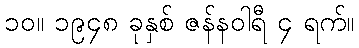
၁၀။ ၁၉၄၈ ခုနှစ် ဇန်နဝါရီ ၄ ရက်။